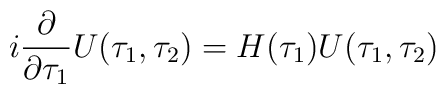
i\frac{\partial}{\partial \tau_1}U(\tau_1,\tau_2)=H(\tau_1) U(\tau_1,\tau_2)